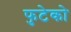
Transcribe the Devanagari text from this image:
फुटेको